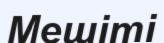
Мешіті